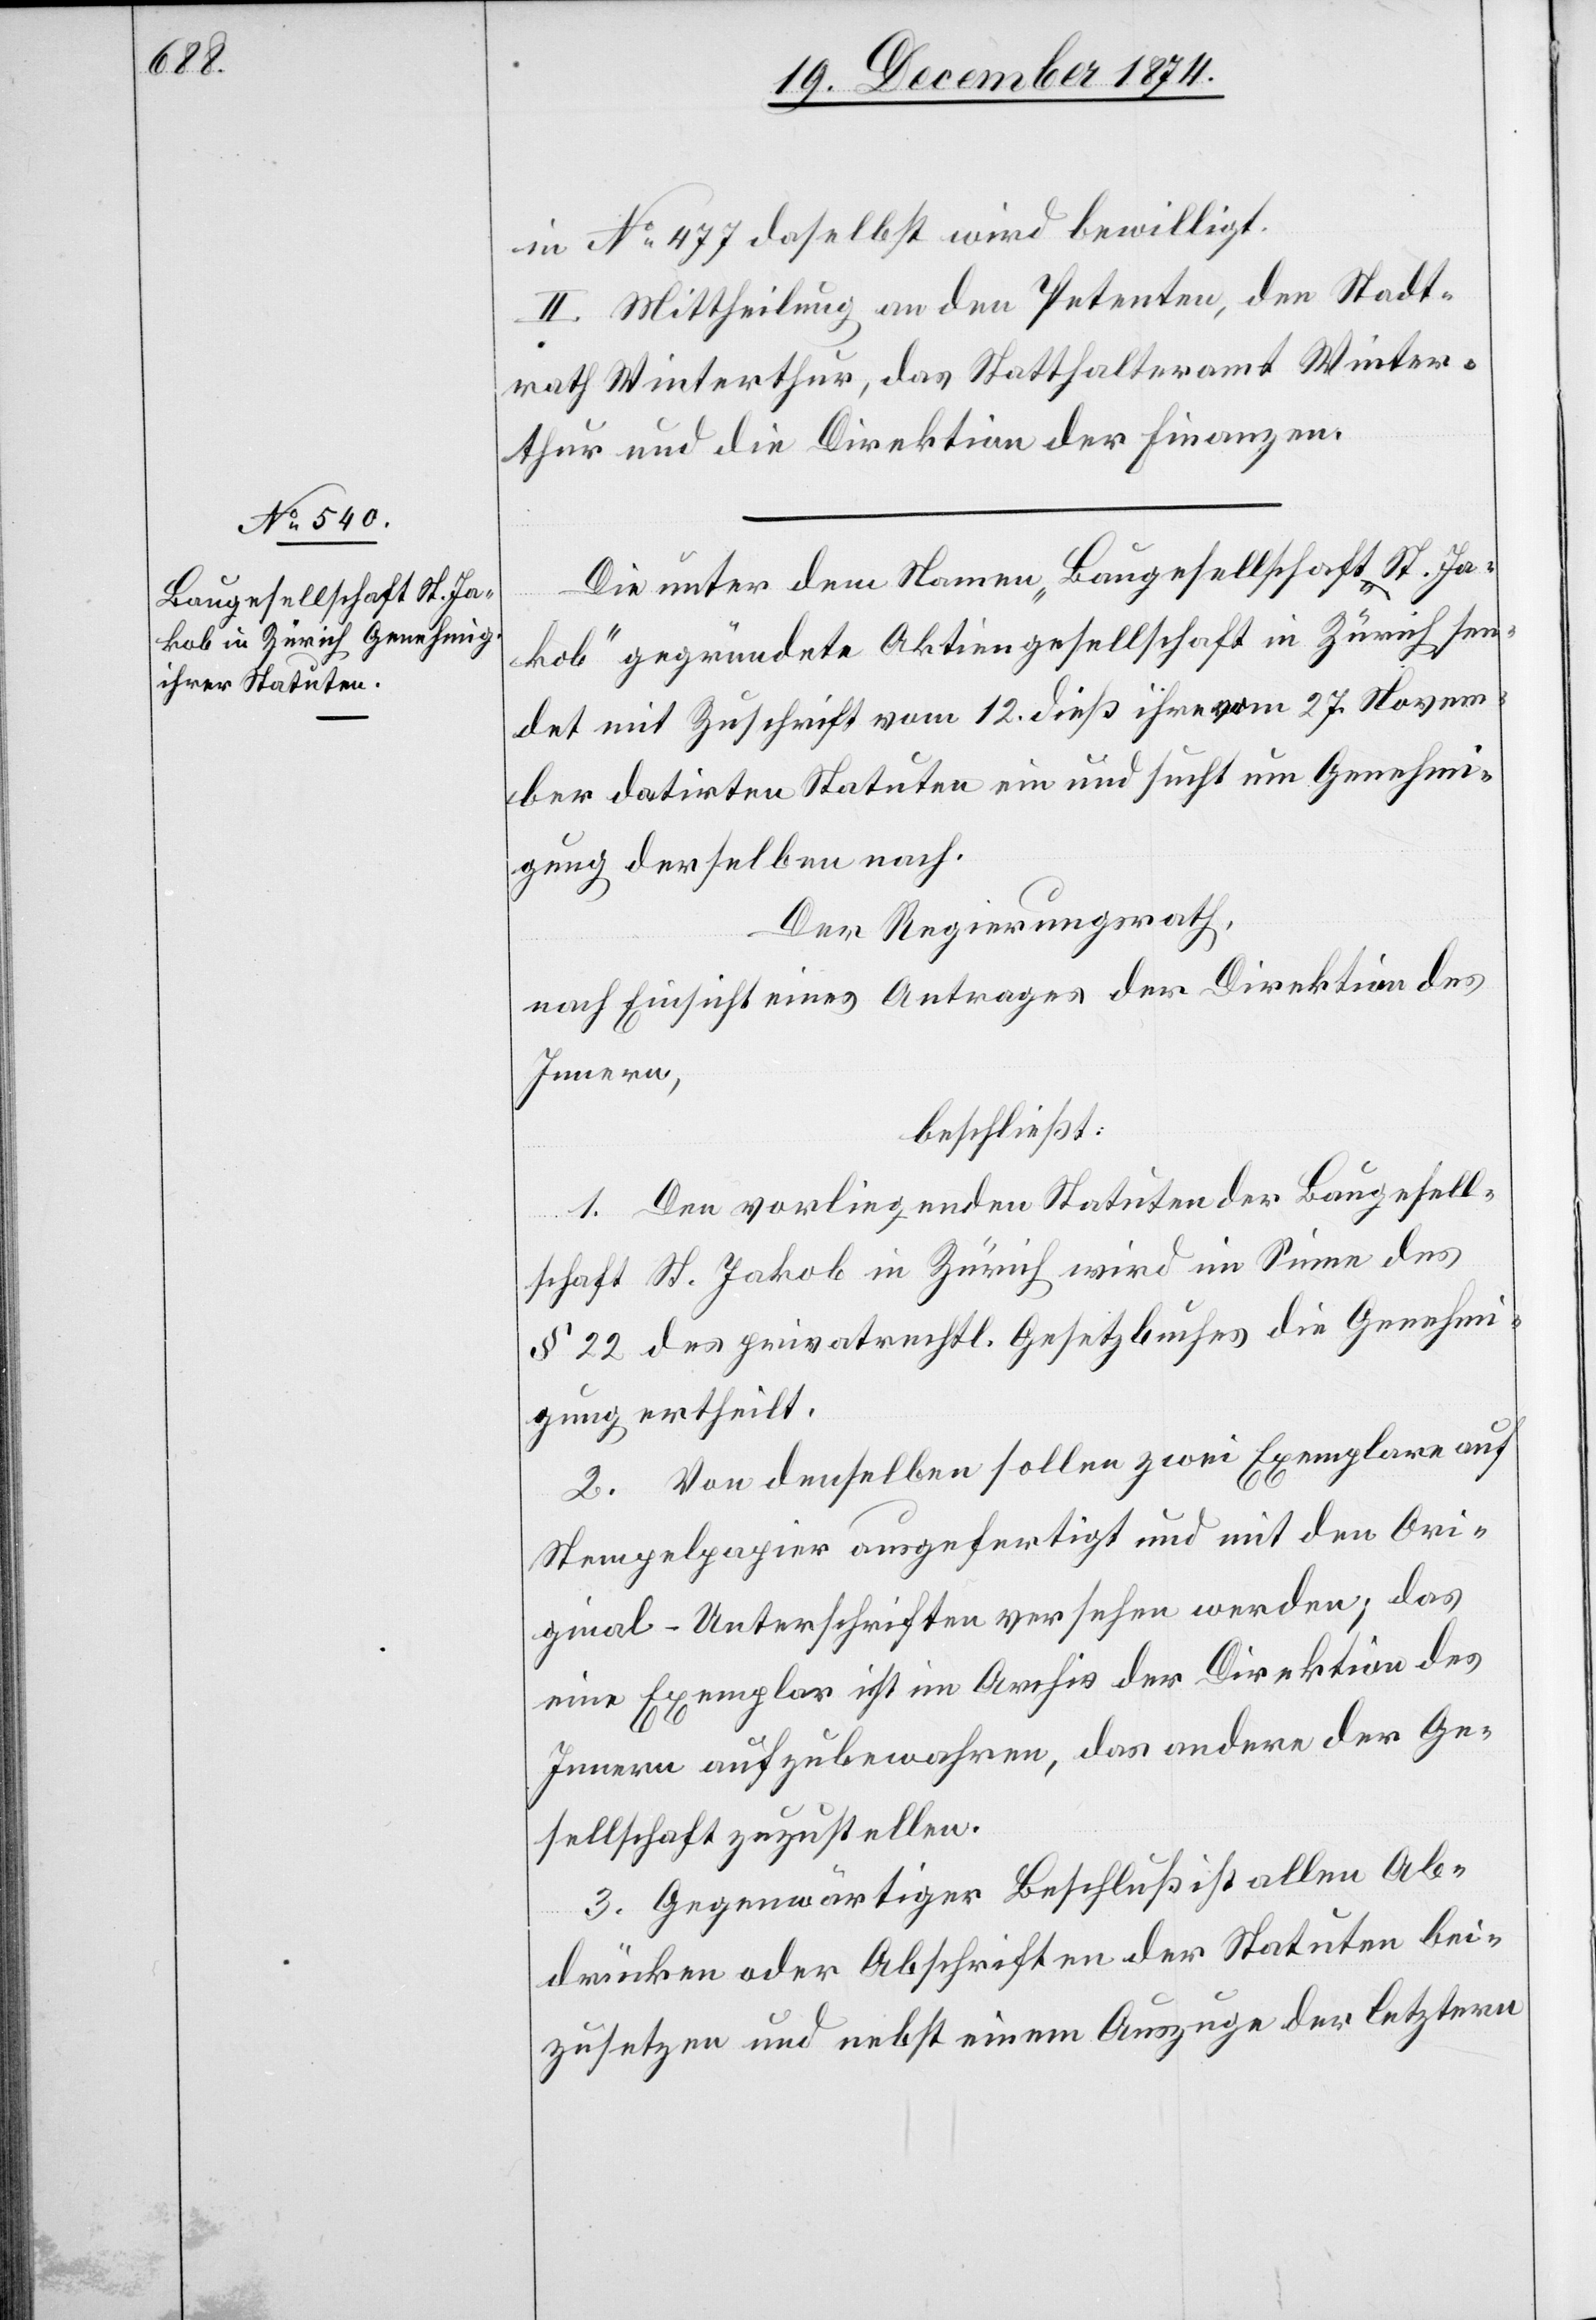
in No 477 daselbst wird bewilligt.
II. Mittheilung an den Petenten, den Stadt¬
rath Winterthur, das Statthalteramt Winter¬
thur und die Direktion der Finanzen.
Die unter dem Namen „Baugesellschaft St. Ja¬
kob“ gegründete Aktiengesellschaft in Zürich sen¬
det mit Zuschrift vom 12. dieß ihre vom 27. Novem¬
ber datirten Statuten ein und sucht um Genehmi¬
gung derselben nach.
Der Regierungsrath,
nach Einsicht eines Antrages der Direktion des
Innern,
beschließt:
1. Den vorliegenden Statuten der Baugesell¬
schaft St. Jakob in Zürich wird im Sinne des
§ 22 des privatrechtl. Gesetzbuches die Genehmi¬
gung ertheilt.
2. Von denselben sollen zwei Exemplare auf
Stempelpapier ausgefertigt und mit den Ori¬
ginal-Unterschriften versehen werden; das
eine Exemplar ist im Archiv der Direktion des
Innern aufzubewahren, das andere der Ge¬
sellschaft zuzustellen.
3. Gegenwärtiger Beschluß ist allen Ab¬
drücken oder Abschriften der Statuten bei¬
zusetzen und nebst einem Auszuge der letztern